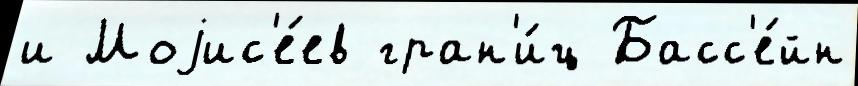
и Моjис'е́ев гран'и́ц Басс'е́йн